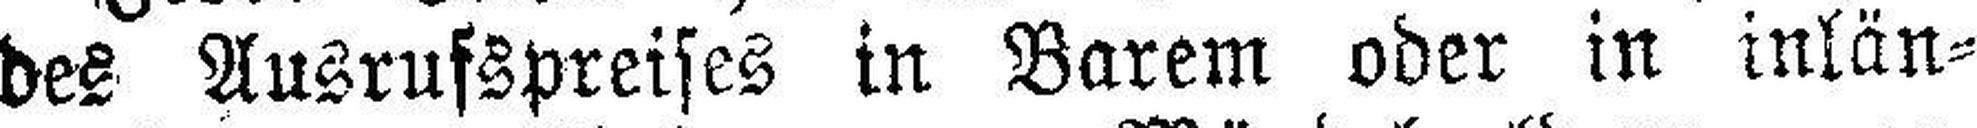
des Ausrufspreises in Barem oder in inlän¬